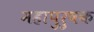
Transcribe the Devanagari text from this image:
महापुरुषक